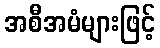
အစီအမံများဖြင့်